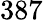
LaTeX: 387